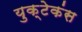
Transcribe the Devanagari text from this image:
युक्टेकंस